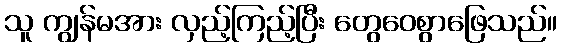
သူ ကျွန်မအား လှည့်ကြည့်ပြီး တွေဝေစွာဖြေသည်။